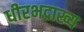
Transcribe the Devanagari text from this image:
धीरभद्राख्य